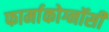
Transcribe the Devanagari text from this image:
फार्माकोग्नॉसी